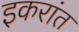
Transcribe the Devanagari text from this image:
इकरांत